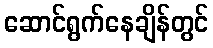
ဆောင်ရွက်နေချိန်တွင်